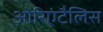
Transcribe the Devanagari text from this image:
ओरिएंटैलिस